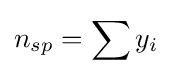
n_{sp}=\sum y_{i}